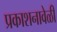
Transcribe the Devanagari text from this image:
प्रकाशनावेळी